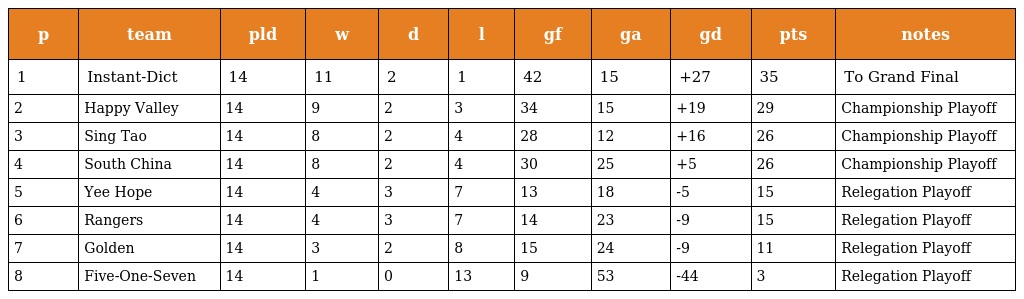
| p | team | pld | w | d | l | gf | ga | gd | pts | notes |
 | --- | --- | --- | --- | --- | --- | --- | --- | --- | --- | --- |
 | 1 | Instant-Dict | 14 | 11 | 2 | 1 | 42 | 15 | +27 | 35 | To Grand Final |
 | 2 | Happy Valley | 14 | 9 | 2 | 3 | 34 | 15 | +19 | 29 | Championship Playoff |
 | 3 | Sing Tao | 14 | 8 | 2 | 4 | 28 | 12 | +16 | 26 | Championship Playoff |
 | 4 | South China | 14 | 8 | 2 | 4 | 30 | 25 | +5 | 26 | Championship Playoff |
 | 5 | Yee Hope | 14 | 4 | 3 | 7 | 13 | 18 | -5 | 15 | Relegation Playoff |
 | 6 | Rangers | 14 | 4 | 3 | 7 | 14 | 23 | -9 | 15 | Relegation Playoff |
 | 7 | Golden | 14 | 3 | 2 | 8 | 15 | 24 | -9 | 11 | Relegation Playoff |
 | 8 | Five-One-Seven | 14 | 1 | 0 | 13 | 9 | 53 | -44 | 3 | Relegation Playoff |